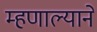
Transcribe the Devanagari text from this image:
म्हणाल्याने